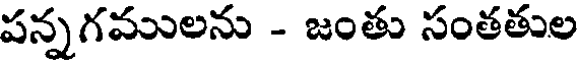
పన్నగములను - జంతు సంతతుల